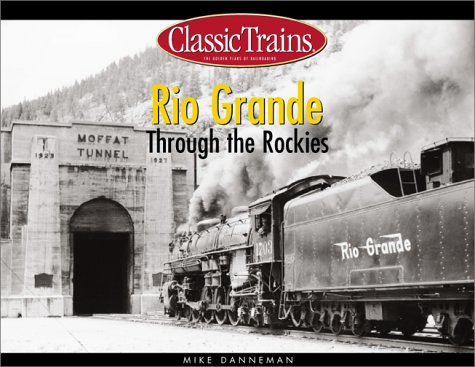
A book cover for Rio Grande Through the Rockies (Golden Years of Railroading); Mike Danneman; Travel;